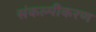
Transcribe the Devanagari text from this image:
संकल्पीकरण